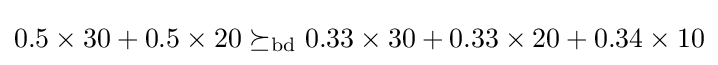
0.5\times 30+0.5\times 20\succeq _{\mathrm {bd} }0.33\times 30+0.33\times 20+0.34\times 10